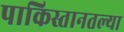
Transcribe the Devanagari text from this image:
पाकिस्तानतल्या